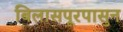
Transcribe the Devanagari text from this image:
बिलासपूरपासुन